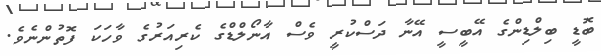
ބޮޑީ ބިލްޑިންގެ އޭބީސީ އޭނާ ދަސްކުރީ ވެސް އާނޯލްޑްގެ ކެރިއަރުގެ ވާހަކަ ފޮތުންނެވެ.